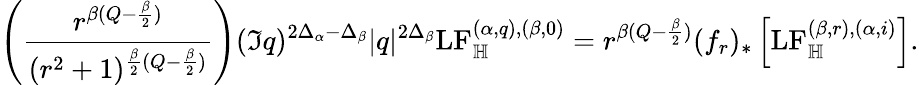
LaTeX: \left(\frac{r^{\beta(Q-\frac{\beta}{2})}}{(r^{2}+1)^{\frac{\beta}{2}(Q-\frac{\beta}{2})}}\right)(\Im q)^{2\Delta_{\alpha}-\Delta_{\beta}}|q|^{2\Delta_{\beta}}\mathrm{LF}_{\mathbb H}^{(\alpha,q),(\beta,0)}=r^{\beta(Q-\frac{\beta}{2})}(f_{r})_{*}\left[\mathrm{LF}_{\mathbb H}^{(\beta,r),(\alpha,i)}\right].